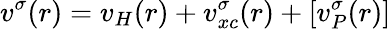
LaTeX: v^{\sigma}(r)=v_{H}(r)+v_{xc}^{\sigma}(r)+[v_{P}^{\sigma}(r)]